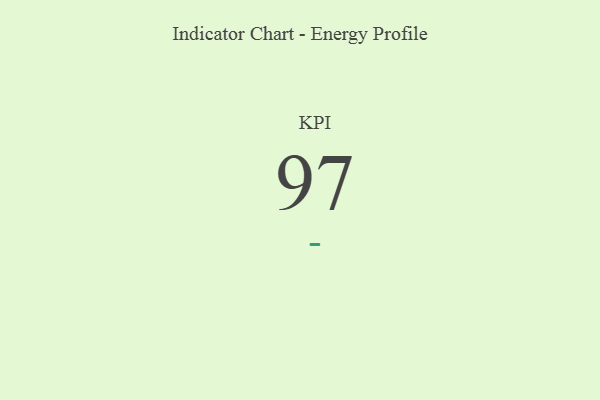
{"axis": {"x": "KPI", "y": "Value"}, "legend": [""], "data": [{"x": "KPI", "y": 97, "type": ""}]}